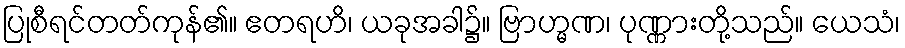
ပြုစီရင်တတ်ကုန်၏။ ဧတရဟိ၊ ယခုအခါ၌။ ဗြာဟ္မဏ၊ ပုဏ္ဏားတို့သည်။ ယေသံ၊